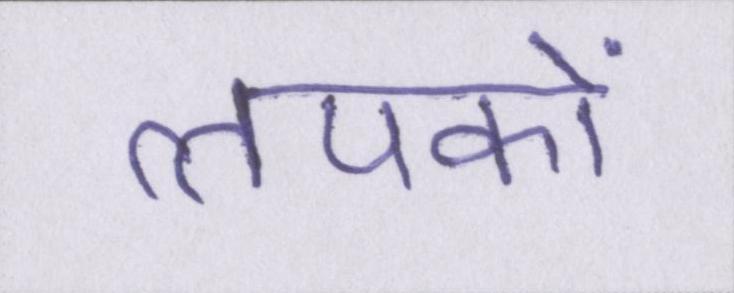
लपकाें